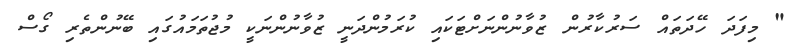
" މިފަދަ ހޭދަތައް ސަރުކާރުން ޒުވާނުންނަށްޓަކައި ކުރަމުންދަނީ ޒުވާނުންނަކީ މުޖުތަމައުގައި ބޭނުންތެރި ގޯސް